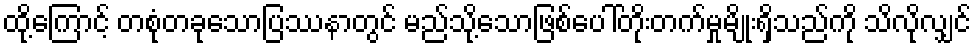
ထို့ကြောင့် တစုံတခုသောပြဿနာတွင် မည်သို့သောဖြစ်ပေါ်တိုးတက်မှုမျိုးရှိသည်ကို သိလိုလျှင်